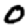
Digit: 0